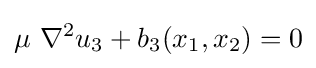
\mu ~\nabla ^{2}u_{3}+b_{3}(x_{1},x_{2})=0